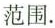
范围。